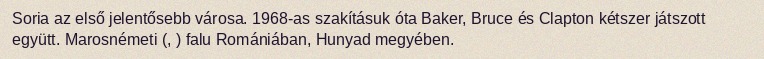
Soria az első jelentősebb városa. 1968-as szakításuk óta Baker, Bruce és Clapton kétszer játszott együtt. Marosnémeti (, ) falu Romániában, Hunyad megyében.